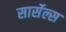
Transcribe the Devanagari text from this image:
सार्सेल्स